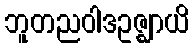
ဘူတညဝါဒဥဇ္ဈာယိ